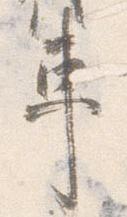
車